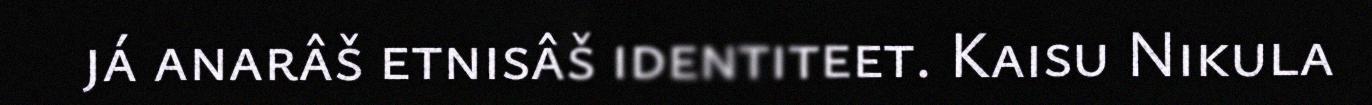
já anarâš etnisâš identiteet. Kaisu Nikula